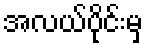
အလယ်ပိုင်းမှ